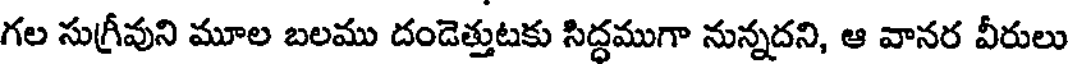
గల సుగ్రీవుని మూల బలము దండెత్తుటకు సిద్దముగా నున్నదని, ఆ వానర వీరులు